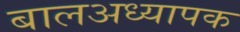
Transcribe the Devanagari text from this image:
बालअध्यापक